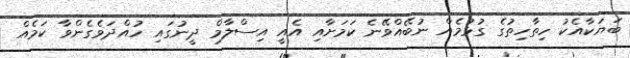
ބަޔަކާއެކު ހިތާހިތުގެ ގުޅުމެއް ނުބޭއްވޭނެ ކަމަށާއި އެއީ އިސްލާމް ދީނުގައި ހުއްދަވެގެންވާ ކަމެއް